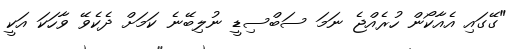
"ގޭގައި އެއާކޯން ހުރެއްޖެ ނަމަ ސަބްސިޑީ ނުލިބޭނެ ކަމަށް ދެކެވޭ ވާހަކަ އަކީ